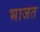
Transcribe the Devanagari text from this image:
भाजत